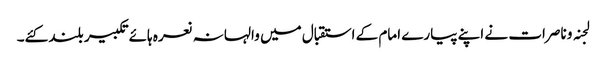
لجنہ و ناصرات نے اپنے پیارے امام کے استقبال میں والہانہ نعرہ ہائےتکبیر بلند کئے۔